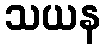
သယန